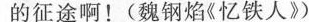
的征途啊！(魏钢焰《忆铁人》